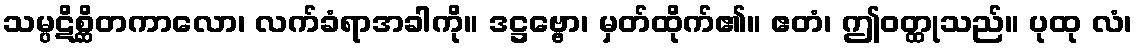
သမ္ပဋိစ္ဆိတကာလော၊ လက်ခံရာအခါကို။ ဒဋ္ဌဗ္ဗော၊ မှတ်ထိုက်၏။ ဧတံ၊ ဤဝတ္ထုသည်။ ပုထု လံ၊